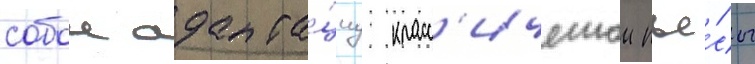
собои адапта́циу класс'ическои пье́сы